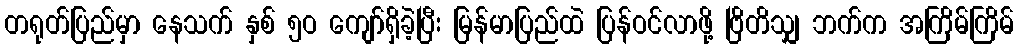
တရုတ်ပြည်မှာ နေသက် နှစ် ၅ဝ ကျော်ရှိခဲ့ပြီး မြန်မာပြည်ထဲ ပြန်ဝင်လာဖို့ ဗြိတိသျှ ဘက်က အကြိမ်ကြိမ်